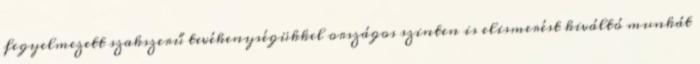
fegyelmezett szakszerű tevékenységükkel országos szinten is elismerést kiváltó munkát